system: You are a helpful assistant.
user:
Analyze the provided spectrum to determine if it is a **S-type Star**.

- **Key Indicators for S-type Star:**

    - **(Overall Spectrum Shape):** The first and most obvious characteristic is the overall continuum (the "baseline" shape). It is **extremely "red-sloping,"** meaning the flux (light intensity) is very low on the left side (blue, ~4000-4500 Å) and rises steeply and continuously toward the right side (red, ~7000 Å+).

    - **(Primary):** The spectrum is defined by the presence of strong, broad molecular absorption "valleys" (bands) from **Zirconium Oxide (ZrO)**. The identification of these bands is the **primary requirement** for classifying a star as S-type.
        - **(Key Bandheads):** You must find distinct, deep "dips" where the light has been absorbed. The most critical band systems to locate are:
            - **~6474 Å** ($\gamma$-system): This is often the strongest and clearest ZrO feature, found in the red part of the spectrum.
            - **~5718 Å** & **~5551 Å** ($\beta$-system): A pair of prominent absorption features in the yellow-orange part of the spectrum.
            - **~4640 Å** ($\alpha$-system): A key absorption band system in the blue-green region of the spectrum.

    - **(Secondary Confirmation):** The classification is strengthened by finding additional absorption bands from other related heavy element oxides, which are expected to be present alongside ZrO.
        - **(Key Bandheads):**
            - **Yttrium Oxide (YO):** Look for absorption dips near **~4800 Å** and **~6100 Å**.
            - **Lanthanum Oxide (LaO):** Additional absorption features, particularly in the red-orange part of the spectrum, are also characteristic.

    - **(Line Profile):** The combination of the steep red continuum and these numerous, deep molecular bands (ZrO, YO, etc.) gives the entire spectrum a very **"chopped-up"** or **"bumpy"** appearance. Instead of a smooth curve, the spectrum looks as though large, wide chunks of light have been "carved out" of it at the specific wavelengths listed above.

Think first, call **spectral_visualization_tool** if needed to examine features in detail, then provide your final answer. Your response must adhere to the following strict rules:
1.  **Overall Structure:** Your response must follow the format `<think>...</think> <tool_call>...</tool_call> (if a tool is used) <answer>...</answer>`.
2.  **Tool Usage Constraint:** You may only make **one** tool call per turn.
3.  **Final Answer Format:** In the `<answer>` tag, your conclusion must be inside a `\boxed{}` command (e.g., `\boxed{YES}` or `\boxed{NO}`), followed by your justification.

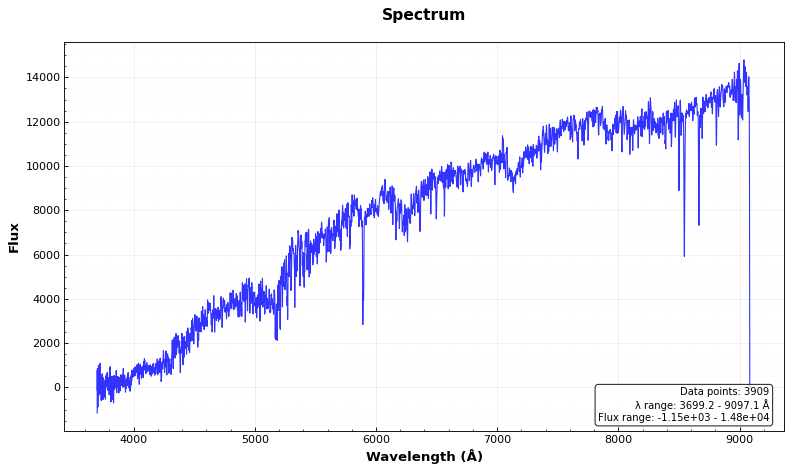
Answer: NO